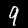
Label: 9